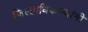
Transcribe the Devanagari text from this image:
जिल्हाधिकाऱ्यांनी